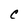
Character: c